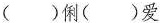
（）俐（）爱